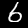
Digit: 6